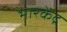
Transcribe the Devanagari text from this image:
भारकेंद्र